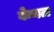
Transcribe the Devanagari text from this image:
वेन्नल